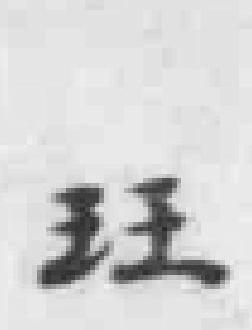
玨